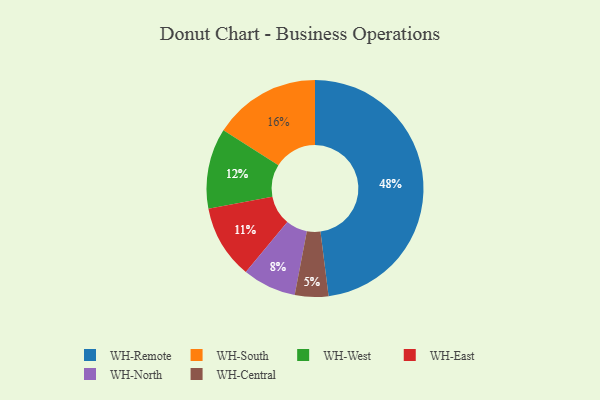
{"axis": {"x": "Category", "y": "Percentage"}, "legend": ["WH-Central", "WH-East", "WH-North", "WH-Remote", "WH-South", "WH-West"], "data": [{"x": "WH-Remote", "y": 48, "type": "WH-Remote"}, {"x": "WH-South", "y": 16, "type": "WH-South"}, {"x": "WH-East", "y": 11, "type": "WH-East"}, {"x": "WH-North", "y": 8, "type": "WH-North"}, {"x": "WH-Central", "y": 5, "type": "WH-Central"}, {"x": "WH-West", "y": 12, "type": "WH-West"}]}